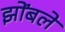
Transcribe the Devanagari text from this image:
झोंबले